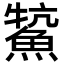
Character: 𩸡